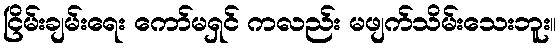
ငြိမ်းချမ်းရေး ကော်မရှင် ကလည်း မဖျက်သိမ်းသေးဘူး။